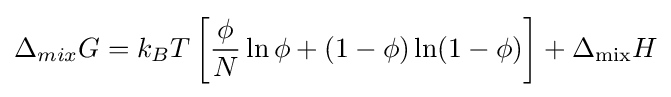
\Delta _{mix}G=k_{B}T\left[{\frac {\phi }{N}}\ln \phi +(1-\phi )\ln(1-\phi )\right]+\Delta _{\operatorname {mix} }H